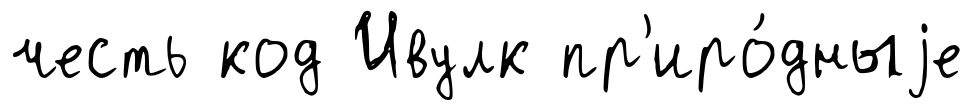
честь код Ивулк пр'иро́дныjе